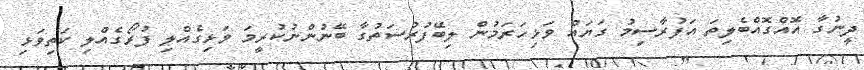
ދީނުގާ އޮއްގޮއްބެލިތަ އަފުރާސިމު ގަޔައް ވަޅިހަރަމުން ލިބޭފުރުސަތުގާ ބޭނުންނުކުރީމަ ވަޅިގެއްލި ފުރޯގެއްލި ކަތިވަޅި